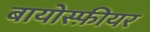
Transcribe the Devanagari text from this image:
बायोस्फ़ीयर